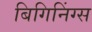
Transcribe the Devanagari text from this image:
बिगिनिंग्स